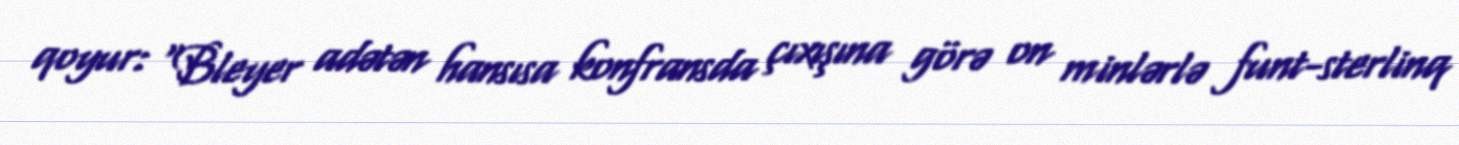
qoyur: “Bleyer adətən hansısa konfransda çıxışına görə on minlərlə funt-sterlinq